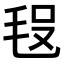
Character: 𣭗